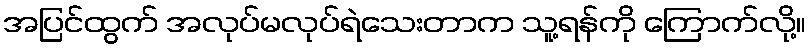
အပြင်ထွက် အလုပ်မလုပ်ရဲသေးတာက သူ့ရန်ကို ကြောက်လို့။